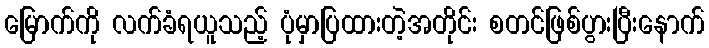
မြောက်ကို လက်ခံရယူသည့် ပုံမှာပြထားတဲ့အတိုင်း စတင်ဖြစ်ပွားပြီးနောက်